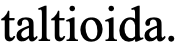
taltioida.